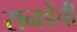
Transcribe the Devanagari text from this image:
रानडेंची